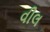
વીલ